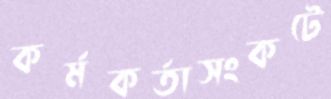
কর্মকর্তাসংকটে